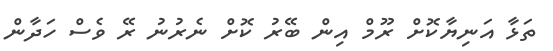
ތަޅާ އަނިޔާކޮށް ރޫމް އިން ބޭރު ކޮށް ނެރުނު ރޭ ވެސް ހަދާން